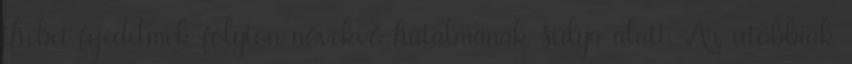
thébei fejedelmek folyton növekvő hatalmának súlya alatt. Az utóbbiak